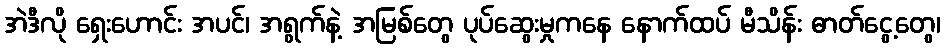
အဲဒီလို ရှေးဟောင်း အပင်၊ အရွက်နဲ့ အမြစ်တွေ ပုပ်ဆွေးမှုကနေ နောက်ထပ် မီသိန်း ဓာတ်ငွေ့တွေ၊